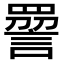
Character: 𧪔